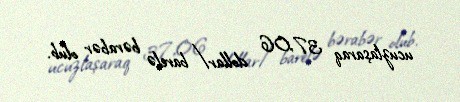
ucuzlaşaraq 37,06 dollar/barelə bərabər olub.